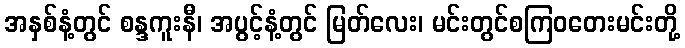
အနှစ်နံ့တွင် စန္ဒကူးနီ၊ အပွင့်နံ့တွင် မြတ်လေး၊ မင်းတွင်စကြဝတေးမင်းတို့